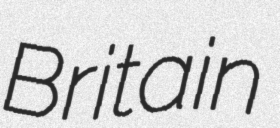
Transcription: Britain